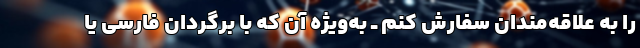
را به علاقه‌مندان سفارش کنم ــ به‌ویژه آن که با برگردانِ‌ فارسی یا